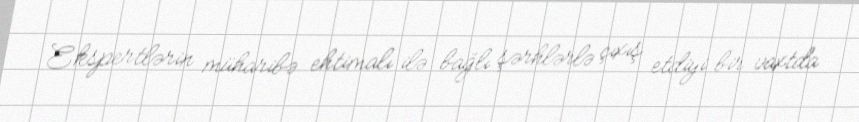
Ekspertlərin müharibə ehtimalı ilə bağlı şərhlərlə çıxış etdiyi bir vaxtda